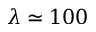
\lambda \simeq 1 0 0